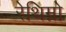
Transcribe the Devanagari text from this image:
रेथिम्नो